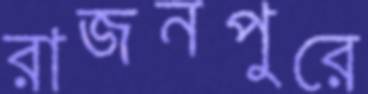
রাজনপুরে